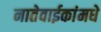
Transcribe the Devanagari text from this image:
नातेवाईकांमधे